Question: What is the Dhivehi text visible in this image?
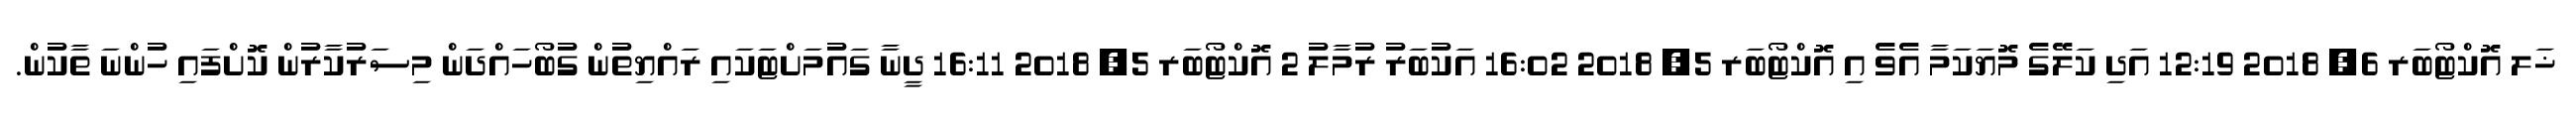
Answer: ޚަލ އޮކްޓޯބަރ 6, 2018 12:19 އަދި ކަލޭގެ މޮޔަކަމާ އެވެ އި އޮކްޓޯބަރ 5, 2018 16:02 އަކުބަރު ރުމާލު 2 އޮކްޓޯބަރ 5, 2018 16:11 ދީނާ ގައުމަށްޓަކައި ރައްޔިތުން ގުބޯހައްދަން މިސަރުކާރުން ކޮށްފައި ހުންނަ ތާކުން.